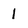
Character: 1